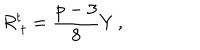
R _ { \ t } ^ { t } = \frac { p - 3 } { 8 } Y \, ,